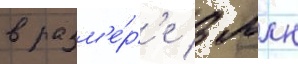
в разм'е́р'е 3 млн